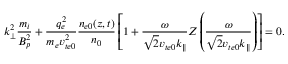
k _ { \perp } ^ { 2 } \frac { m _ { i } } { B _ { p } ^ { 2 } } + \frac { q _ { e } ^ { 2 } } { m _ { e } v _ { t e 0 } ^ { 2 } } \frac { n _ { e 0 } ( z , t ) } { n _ { 0 } } \left[ 1 + \frac { \omega } { \sqrt { 2 } v _ { t e 0 } k _ { \parallel } } Z \left( \frac { \omega } { \sqrt { 2 } v _ { t e 0 } k _ { \parallel } } \right) \right] = 0 .